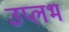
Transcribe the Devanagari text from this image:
उप्लभ